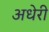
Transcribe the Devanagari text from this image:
अधेरी